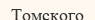
Томского